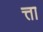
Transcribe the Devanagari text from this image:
त्ता